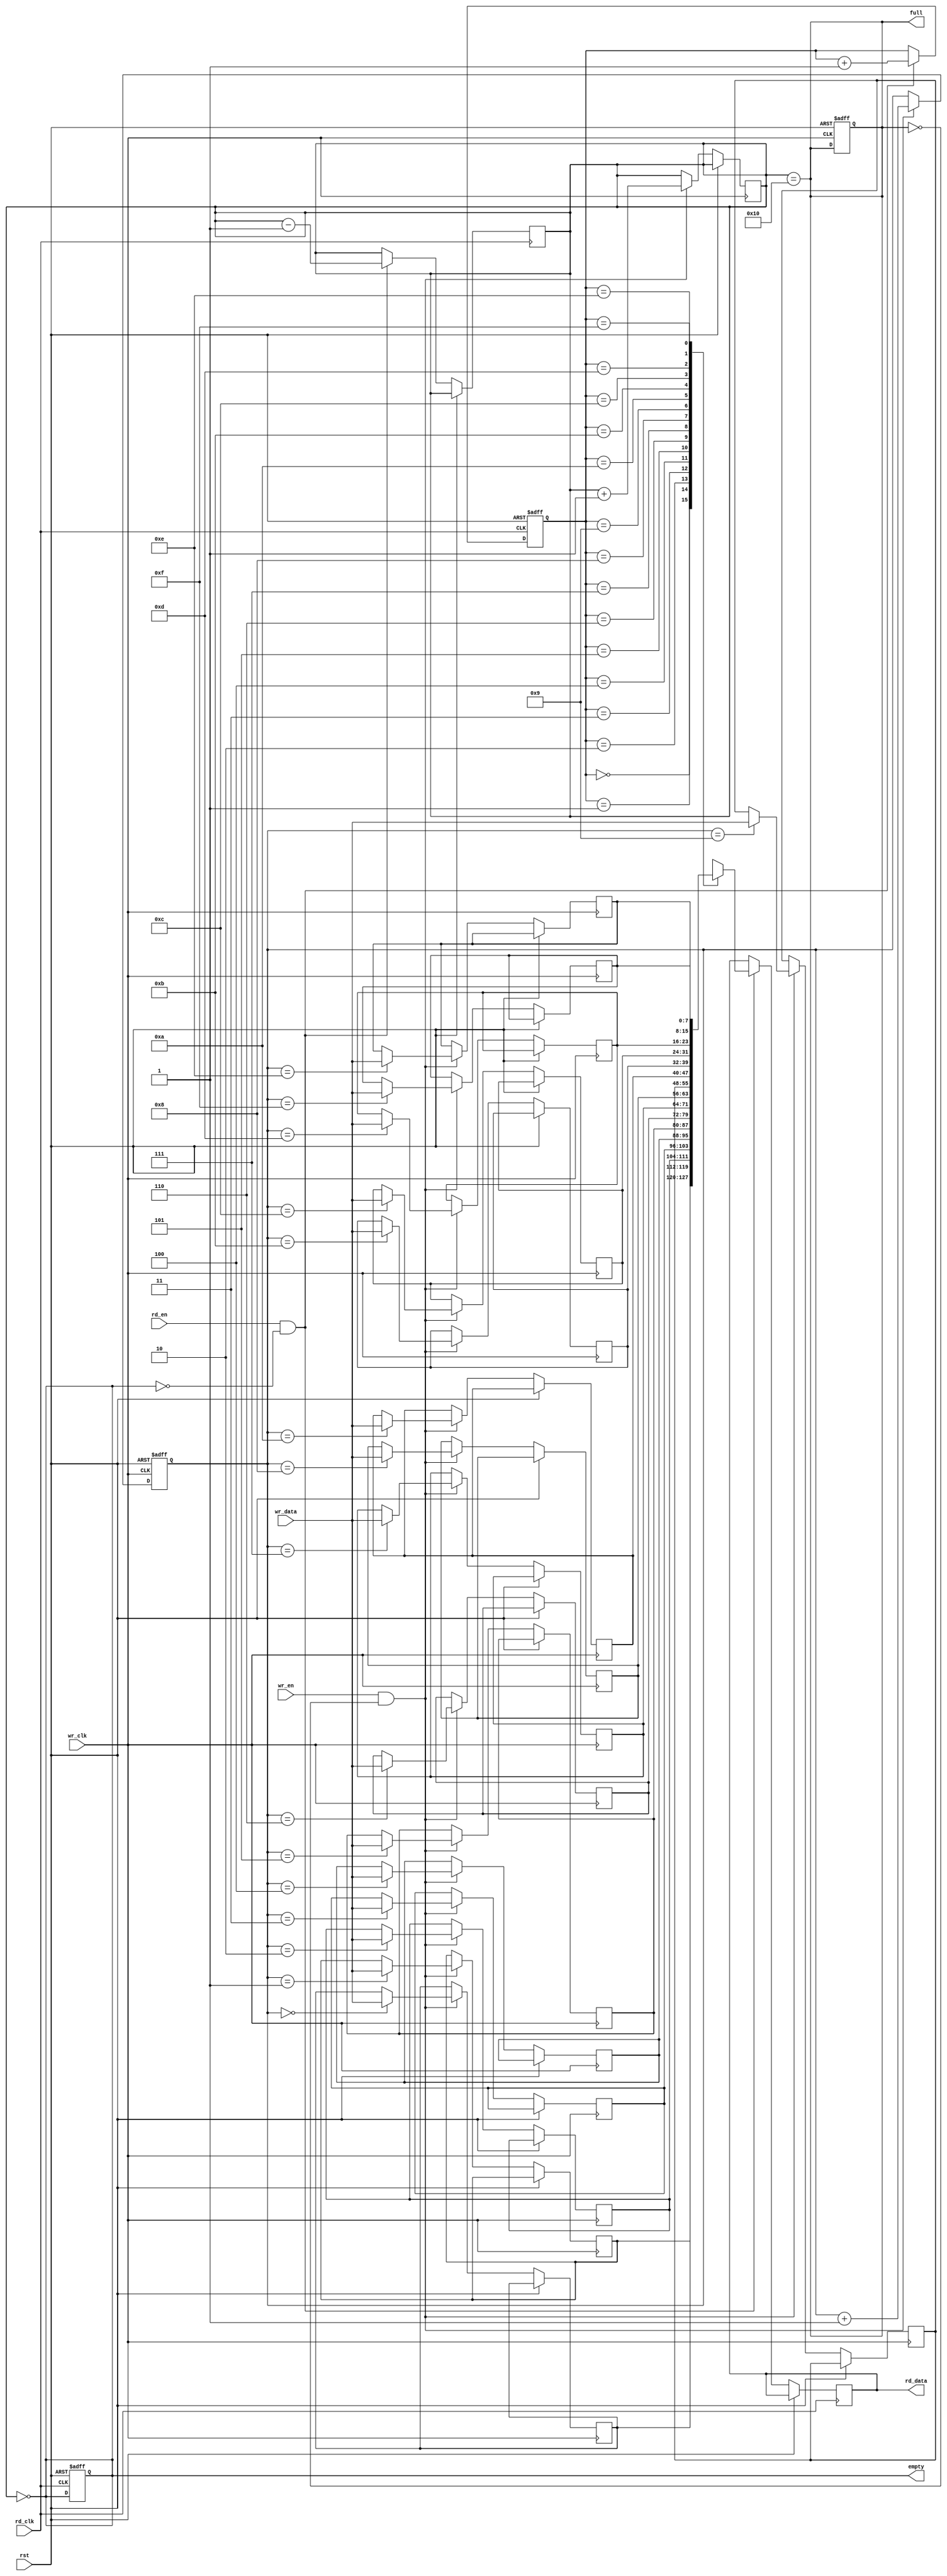
module dual_clock_fifo #(
    parameter DATA_WIDTH = 8,  // Width of data
    parameter FIFO_DEPTH = 16   // Depth of FIFO
) (
    input wire wr_clk,                // Write clock
    input wire rd_clk,                // Read clock
    input wire rst,                   // Asynchronous reset
    input wire wr_en,                // Write enable
    input wire rd_en,                // Read enable
    input wire [DATA_WIDTH-1:0] wr_data, // Data input
    output reg [DATA_WIDTH-1:0] rd_data, // Data output
    output reg full,                 // Full flag
    output reg empty                 // Empty flag
);

    // Local parameters for address width
    localparam ADDR_WIDTH = $clog2(FIFO_DEPTH);
    
    // Memory array for FIFO
    reg [DATA_WIDTH-1:0] fifo_mem[FIFO_DEPTH-1:0];
    
    // Write and Read pointers
    reg [ADDR_WIDTH-1:0] wr_ptr = 0;
    reg [ADDR_WIDTH-1:0] rd_ptr = 0;
    
    // Synchronization registers for pointers
    reg [ADDR_WIDTH-1:0] wr_ptr_sync;
    reg [ADDR_WIDTH-1:0] rd_ptr_sync;

    // FIFO status
    reg [ADDR_WIDTH:0] count = 0; // Count of entries in FIFO

    // Asynchronous Reset
    always @(posedge wr_clk or posedge rst) begin
        if (rst) begin
            wr_ptr <= 0;
            full <= 0;
        end else begin
            // Write operation
            if (wr_en && !full) begin
                fifo_mem[wr_ptr] <= wr_data;
                wr_ptr <= wr_ptr + 1;
                count <= count + 1;
            end
        end
    end

    always @(posedge rd_clk or posedge rst) begin
        if (rst) begin
            rd_ptr <= 0;
            empty <= 1;
        end else begin
            // Read operation
            if (rd_en && !empty) begin
                rd_data <= fifo_mem[rd_ptr];
                rd_ptr <= rd_ptr + 1;
                count <= count - 1;
            end
        end
    end

    // Update full and empty flags
    always @(*) begin
        full = (count == FIFO_DEPTH);
        empty = (count == 0);
    end

    // Synchronizing the write pointer to the read clock domain
    always @(posedge rd_clk or posedge rst) begin
        if (rst) begin
            wr_ptr_sync <= 0;
        end else begin
            wr_ptr_sync <= wr_ptr;
        end
    end

    // Synchronizing the read pointer to the write clock domain
    always @(posedge wr_clk or posedge rst) begin
        if (rst) begin
            rd_ptr_sync <= 0;
        end else begin
            rd_ptr_sync <= rd_ptr;
        end
    end

endmodule